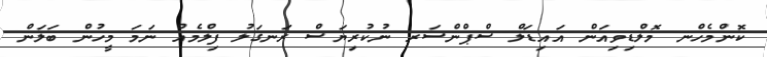
ކޮންމެހްނ މޮލްޑިވިއަން އައިޑަލް ސްޕްންސަރ ނުކުރިޔަސް ރަނގަލު ފިލްމެއް ނަމަ މީހުން ބަލަން